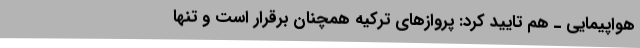
هواپیمایی ـ هم تایید کرد: پروازهای ترکیه همچنان برقرار است و تنها